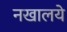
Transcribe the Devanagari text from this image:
नखालये